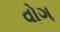
વોગ